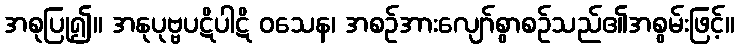
အစုပြု၍။ အနုပုဗ္ဗပဋိပါဋိ ဝသေန၊ အစဉ်အားလျော်စွာစဉ်သည်၏အစွမ်းဖြင့်။